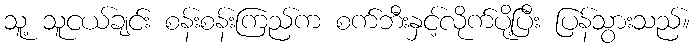
သူ့ သူငယ်ချင်း စန်းစန်းကြည်က စက်ဘီးနှင့်လိုက်ပို့ပြီး ပြန်သွားသည်။